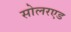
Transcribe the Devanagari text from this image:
सोलरएड